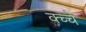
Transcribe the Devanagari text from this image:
क्च्चे